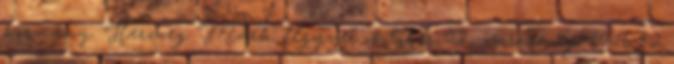
kormány. Herczeg Márk fegyver október 21., vasárnap 16:16 82